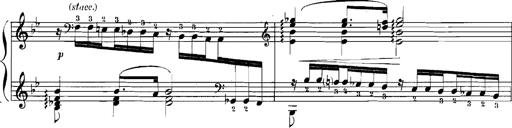
Title: Rhapsodies hongroises
Composer: Franz Liszt